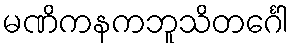
မဏိကနကဘူသိတင်္ဂေါ